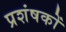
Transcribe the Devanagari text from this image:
प्रशंषकों